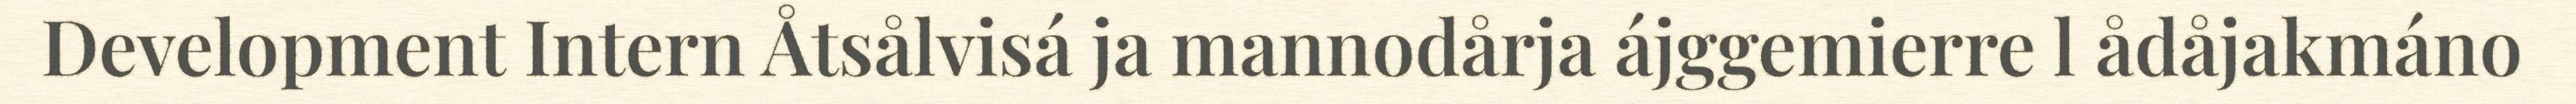
Development Intern Åtsålvisá ja mannodårja ájggemierre l ådåjakmáno